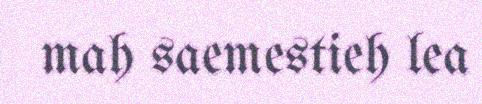
mah saemestieh lea